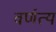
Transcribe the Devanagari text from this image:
वर्णत्य